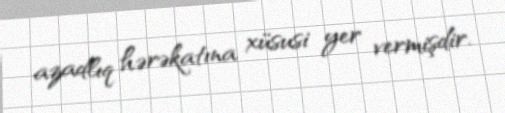
azadlıq hərəkatına xüsusi yer vermişdir.